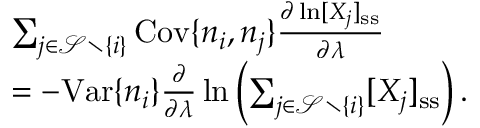
\begin{array} { r l } & { \sum _ { j \in \mathcal { S } \setminus \{ i \} } \mathrm { C o v } \{ n _ { i } , n _ { j } \} \frac { \partial \ln [ X _ { j } ] _ { \mathrm { s s } } } { \partial \lambda } } \\ & { = - \mathrm { V a r } \{ n _ { i } \} \frac { \partial } { \partial \lambda } \ln \left( \sum _ { j \in \mathcal { S } \setminus \{ i \} } [ X _ { j } ] _ { \mathrm { s s } } \right) . } \end{array}